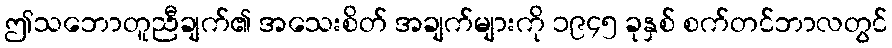
ဤသဘောတူညီချက်၏ အသေးစိတ် အချက်များကို ၁၉၄၅ ခုနှစ် စက်တင်ဘာလတွင်